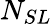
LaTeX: N_{SL}